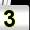
Digit: 3